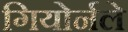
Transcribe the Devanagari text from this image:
गियोर्नले